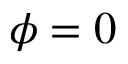
\phi = 0